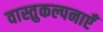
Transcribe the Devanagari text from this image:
वास्तुकल्पनाएँ